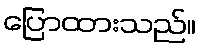
ပြောထားသည်။